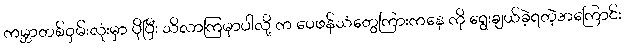
ကမ္ဘာတစ်ဝှမ်းလုံးမှာ ပိုပြီး သိလာကြမှာပါလို့ က ဝေဖန်သံတွေကြားကနေ ကို ရွေးချယ်ခဲ့ရတဲ့အကြောင်း